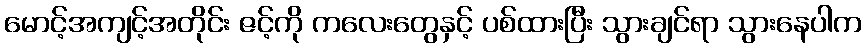
မောင့်အကျင့်အတိုင်း ဇင့်ကို ကလေးတွေနှင့် ပစ်ထားပြီး သွားချင်ရာ သွားနေပါက